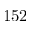
1 5 2